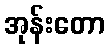
အုန်းတော